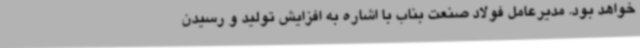
خواهد بود. مدیرعامل فولاد صنعت بناب با اشاره به افزایش تولید و رسیدن